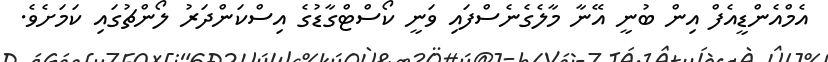
އެމްއެންޑީއެފް އިން ބުނީ އޭނާ މާލެގެނެސްފައި ވަނީ ކޯސްޓްގާޑުގެ އިސްކަންދަރު ލޯންޗުގައި ކަމަށެވެ.